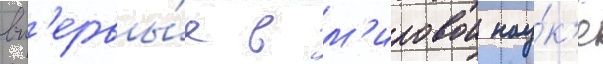
вп'ервы́е в м'ировои нау́к'е